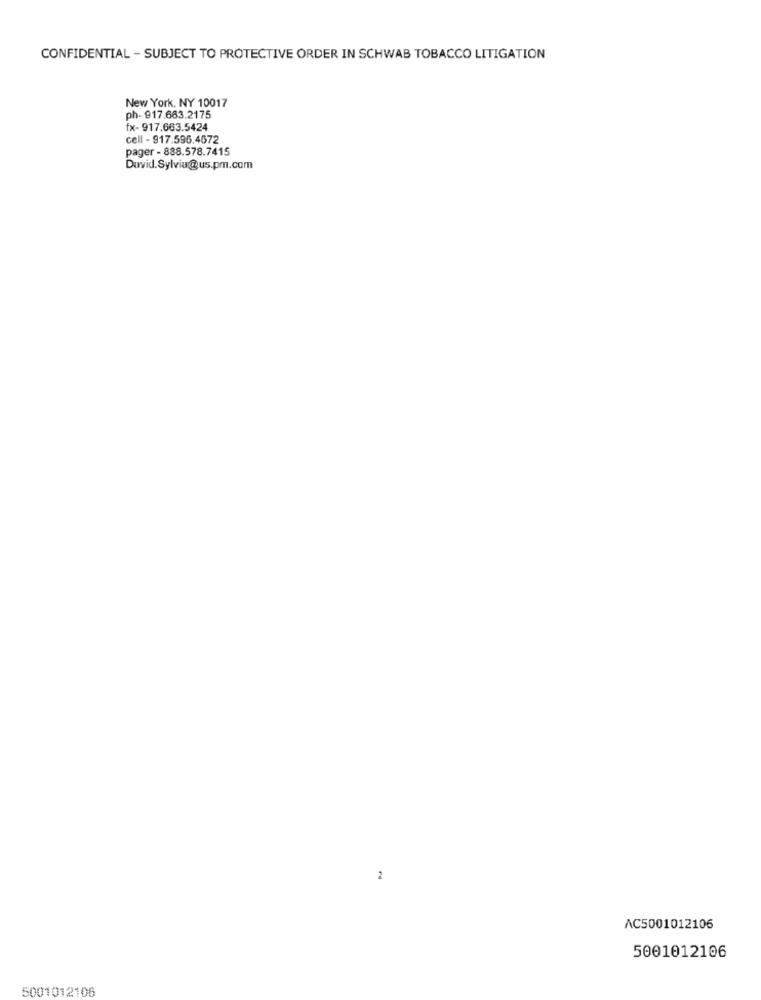
CONFIDENTIAL - SUBJECT TO PROTECTIVE ORDER IN SCHWAB TOBACCO LITIGATION
New York, NY 10017
ph- 917.663.2175
fx- 917.663.5424
cell - 917.596.4672
pager - 888.578.7415
David.Sylvia@us.pm.com
2
AC5001012106
5001012106
5001012106